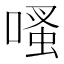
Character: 𠹏